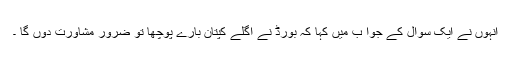
انہوں نے ایک سوال کے جوا ب میں کہا کہ بورڈ نے اگلے کپتان بارے پوچھا تو ضرور مشاورت دوں گا ۔